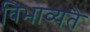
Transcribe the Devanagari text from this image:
विभाव्यते